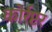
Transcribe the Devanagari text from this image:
कोर्रप्टर